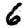
Digit: 6